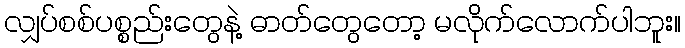
လျှပ်စစ်ပစ္စည်းတွေနဲ့ ဓာတ်တွေတော့ မလိုက်လောက်ပါဘူး။